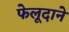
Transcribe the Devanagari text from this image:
फेलूदाने